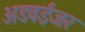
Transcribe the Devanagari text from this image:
अडवईजर